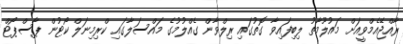
ރާއްޖޭއެމްވީއަށް މައުލޫމާތު ލިބިފައިވާ ގޮތުގައި ރިލްވާން ގެއްލުމުގެ މައްސަލާގައި ކްރިމިނަލް ކޯޓުން ޕާސްޕޯޓް